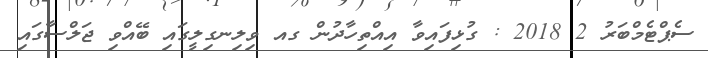
ސެޕްޓެމްބަރު 2 2018 : ގުޅިފައިވާ އިއްތިހާދުން ގއ ވިލިނގިލީގައި ބޭއްވި ޖަލްސާގައި